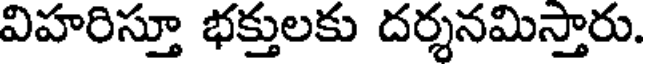
విహరిస్తూ భక్తులకు దర్శనమిస్తారు.